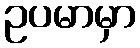
ဥပမာမှာ